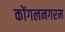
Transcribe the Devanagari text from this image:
कोंगलनगरम